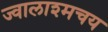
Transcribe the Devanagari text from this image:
ज्वालाश्मचय